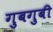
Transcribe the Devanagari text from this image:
गुबगुबी